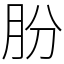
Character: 朌